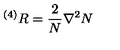
^ { \left( 4 \right) } R = \frac { 2 } { N } \nabla ^ { 2 } N